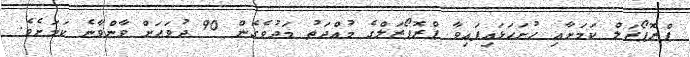
ޕްރޮޕޯޒަލް ކަމަށާއި ހުށަހަޅައިފައިވާ ޕްރޮޕޯޒަލްގެ މުއްދަތު މަދުވެގެން 90 ދުވަހަށް ވާންވާނެ ކަމަށެވެ.